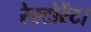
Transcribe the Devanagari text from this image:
रेस्टोरेंट।